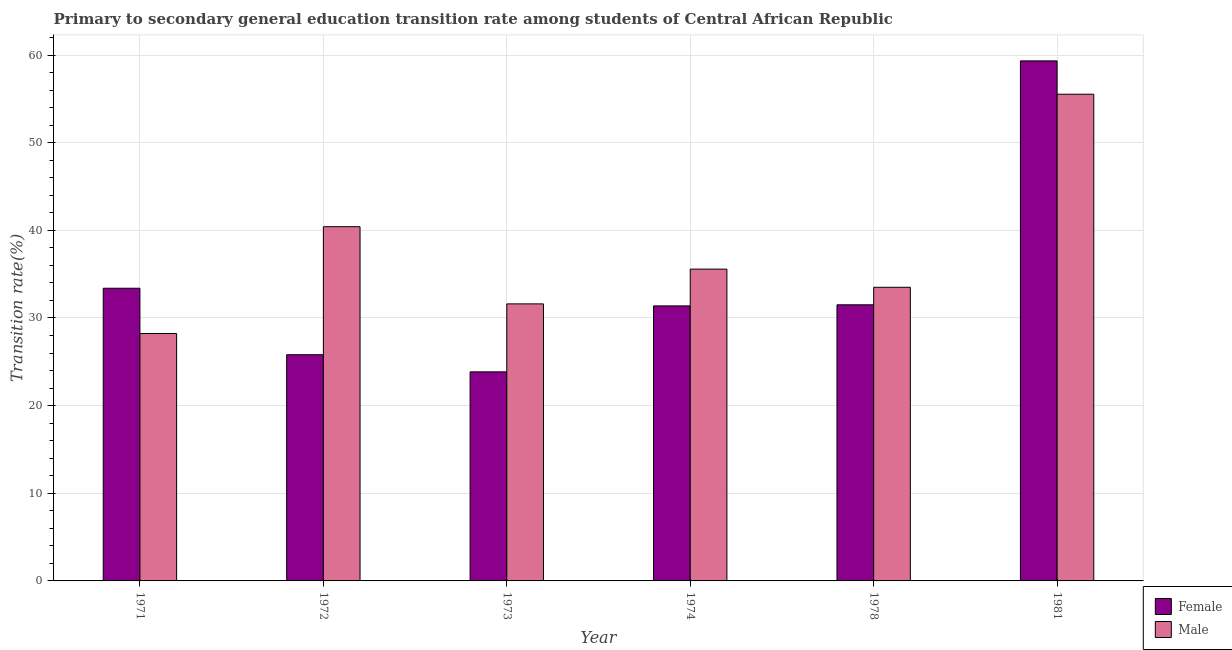
| Year | Female | Male |
 | --- | --- | --- |
 | 1971 | 33.4 | 28.2 |
 | 1972 | 25.8 | 40.4 |
 | 1973 | 23.9 | 31.6 |
 | 1974 | 31.4 | 35.6 |
 | 1978 | 31.5 | 33.5 |
 | 1981 | 59.3 | 55.5 |